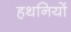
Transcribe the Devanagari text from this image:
हथनियों